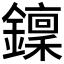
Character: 𨮍